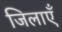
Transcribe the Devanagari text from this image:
जिलाएँ